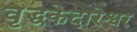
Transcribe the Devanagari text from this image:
वृद्धकेदारेश्वर